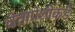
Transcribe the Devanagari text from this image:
चेतापेशींकडे